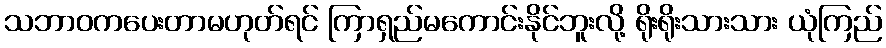
သဘာဝကပေးတာမဟုတ်ရင် ကြာရှည်မကောင်းနိုင်ဘူးလို့ ရိုးရိုးသားသား ယုံကြည်